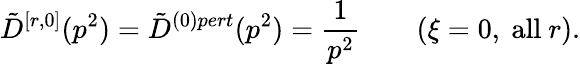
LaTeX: \tilde{D}^{[r,0]}(p^{2})=\tilde{D}^{(0)pert}(p^{2})=\frac{1}{p^{2}}\qquad(\xi=0,\mathrm{~all~}r).